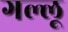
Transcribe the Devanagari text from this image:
गल्लू